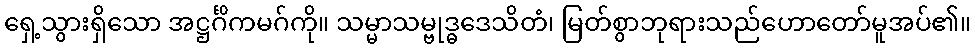
ရှေ့သွားရှိသော အဋ္ဌင်္ဂိကမဂ်ကို။ သမ္မာသမ္ဗုဒ္ဓဒေသိတံ၊ မြတ်စွာဘုရားသည်ဟောတော်မူအပ်၏။